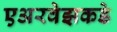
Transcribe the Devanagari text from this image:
एअरवेझकडे